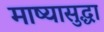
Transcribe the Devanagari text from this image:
माष्यासुद्धा